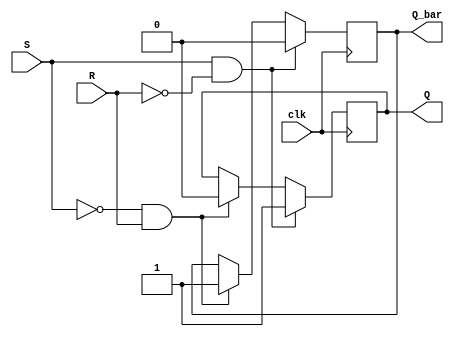
module sr_flip_flop (
  input clk,
  input S,
  input R,
  output reg Q,
  output reg Q_bar
);

reg Q_next, Q_bar_next;

always @(posedge clk) begin
  if (S && !R) begin
    Q_next <= 1;
    Q_bar_next <= 0;
  end else if (!S && R) begin
    Q_next <= 0;
    Q_bar_next <= 1;
  end else begin
    Q_next <= Q;
    Q_bar_next <= Q_bar;
  end
end

always @* begin
  Q <= Q_next;
  Q_bar <= Q_bar_next;
end

endmodule